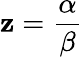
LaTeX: \mathbf{z}=\frac{{\alpha}}{{\beta}}